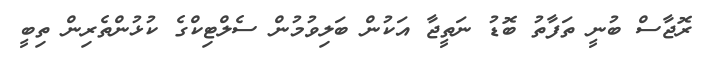
ރޮޖާސް ބުނީ ތަފާތު ބޮޑު ނަތީޖާ އަކުން ބަލިވުމުން ސެލްޓިކްގެ ކުޅުންތެރިން ތިބީ